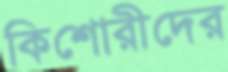
কিশোরীদের